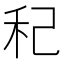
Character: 䄫